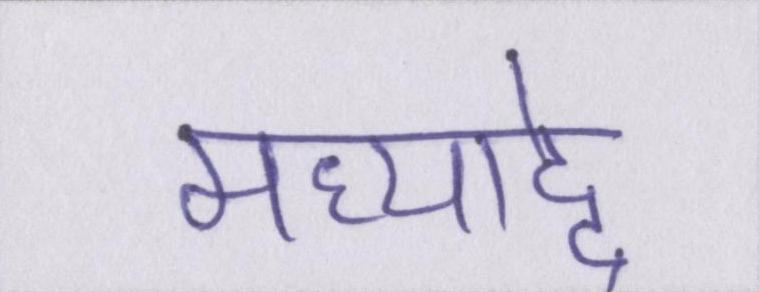
मध्याद्दे